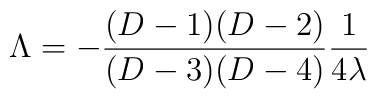
\Lambda=- {{(D-1)(D-2)}\over{(D-3)(D-4)}}{1\over 4\lambda}